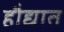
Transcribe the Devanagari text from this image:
हौद्यात